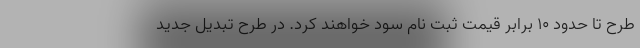
طرح تا حدود 10 برابر قیمت ثبت نام سود خواهند کرد. در طرح تبدیل جدید